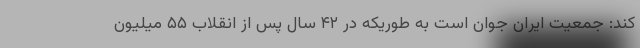
کند: جمعیت ایران جوان است به طوریکه در ۴۲ سال پس از انقلاب ۵۵ میلیون